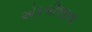
એકબીજાના